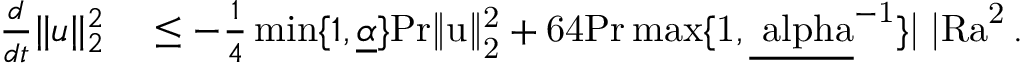
\begin{array} { r l } { \frac { d } { d t } \| u \| _ { 2 } ^ { 2 } } & { { } \leq - \frac { 1 } { 4 } \operatorname* { m i n } \lbrace 1 , \underline { { \alpha } } \rbrace \mathrm { { P r } \| u \| _ { 2 } ^ { 2 } + 6 4 \mathrm { { P r } \operatorname* { m a x } \lbrace 1 , \underline { { \ a l p h a } } ^ { - 1 } \rbrace | \Omega | \mathrm { { R a } } ^ { 2 } \, . } } } \end{array}